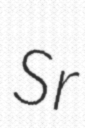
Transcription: Sr